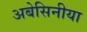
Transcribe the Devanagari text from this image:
अबेसिनीया